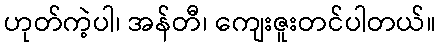
ဟုတ်ကဲ့ပါ၊ အန်တီ၊ ကျေးဇူးတင်ပါတယ်။